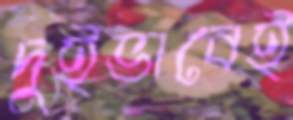
দুইভাবেই